Annual report of the Punjab Veterinary College and of the Civil Veterinary Department, Punjab - 1894-1908
Year: 1894
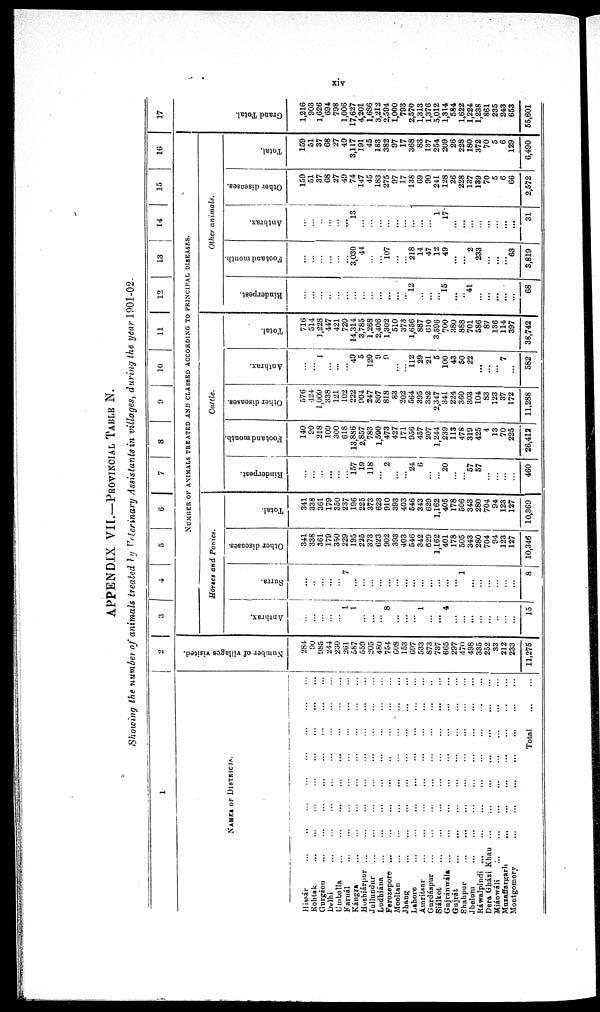
xiv
APPENDIX VII.—PROVINCIAL TABLE N.
Showing the number of animals treated by Veterinary Assistants in villages, during the year 1901-02.
1
NAMES OF DISTRICTS.
Hissár
...
..
... ... ... ... ... ... ...
Rohtak
...
...
...
...
...
...
Gurgáon
...
...
...
...
...
...
...
Delhi
...
...
...
...
...
...
Umballa ... ... ... ... ... ...
Karnál ... ... ... ... ... ... ... ...
Kángra
...
...
...
...
...
...
...
Hoshiárpur ... ... ... ... ... ... ...
Jullundur ... ... ... ... ... ...
Ludhiána ... ... ... ... ... ...
Ferozepore ... ... ... ... ... ...
Mooltan ... ... ... ... ... ... ...
Jhang ... ... ... ... ... ... ...
Lahore ... ... ... ... ... ...
Amritsar ... ... ... ... ... ...
Gurdáspur ... ... ... ... ...
Siálkot
...
...
...
...
...
...
...
Gujránwála ... ... ... ... ... ... ...
Gujrát ... ... ... ... ... ... ...
Shahpur ... ... ... ... ... ... ...
Jhelum ... ... ... ... ... ... ...
Ráwalpindi ... ... ... ... ... ...
Dera Gházi Khau
...
...
...
...
...
...
Miánwáli ... ... ... ... ... ... ... ...
Muzaffargarh ... ... ... ... ... ... ...
Montgomery ... ... ... ... ... ... ... ...
Total ...
2
Number of villages visited.
284
90
985
244
230
261
587
559
205
480
754
608
153
697
533
873
737
665
297
470
498
335
252
33
212
233
11,275
3
4
5
6
7
8
9
10
11
12
13
14
15
16
NUMBER OF ANIMALS TREATED AND CLASSED ACCORDING TO PRINCIPAL DISEASES.
Horses and Ponies.
Anthrax.
...
...
...
...
...
1
1
...
...
...
8
...
...
...
1
...
...
4
...
...
...
...
...
...
...
...
15
Surra.
...
..
...
...
... 7
...
...
...
...
...
...
...
...
...
...
...
...
...
1
...
...
...
...
...
...
8
Other diseases.
341
338
361
179
350
229
195
225
373
623
902
393
403
546
342
629
1,162
401
178
505
343
280
704
94
123
127
10,346
Total.
341
338
361
179
350
237
196
225
373
623
910
393
403
546
343
629
1,162
405
178
506
343
280
704
94
123
127
10,369
Cattle.
Rinderpest.
...
...
...
...
...
157
19
118
2
...
...
24
6
...
20
...
...
57
57
...
...
...
...
460
Footand mouth.
140
90
218
109
300
618
13,886
2,857
783
1,590
473
427
171
956
457
207
1,244
239
113
478
319
425
4
13
70
225
26,412
Other diseases.
576
424
1,009
338
121
102
222
904
247
807
818
83
202
564
395
382
2,347
341
224
360
303
104
83
123
37
172
11,288
Anthrax.
...
...
1
...
...
...
49
5
120
9
0
...
...
112
29
21
5
100
43
50
22
...
...
...
7
...
582
Total.
716
514
1,228
447
421
720
14,314
3,785
1,268
2,406
1,302
510
373
1,656
887
610
3,596
700
380
888
701
586
87
136
114
397
38,742
Other
animals.
Rinderpest.
...
...
...
...
...
...
...
...
...
...
...
... 12
...
...
... 15
...
...
41
...
...
...
...
...
68
Footand mouth.
...
...
...
...
...
3,030
44
...
107
...
...
218
14
47
12
49
...
...
2
233
...
...
63
3,819
Anthrax.
...
...
...
...
...
13
...
...
...
...
...
...
...
...
...
1
17
...
...
...
...
...
...
...
...
31
Other diseases.
159
51
37
68
27
49
74
147
45
183
275
97
17
138
69
90
241
128
26
228
137
139
70
5
6
66
2,572
Total.
159
51
37
68
27
49
3,117
191
45
183
382
97
17
368
83
137
254
209
26
228
180
372
70
5
6
129
6,490
17
Gr and Tot al .
1,216
903
1,626
694
798
1,006
17,627
4,201
1,686
3,212
2,594
1,000
793
2,570
1,313
1,376
5,012
1,314
584
1,622
1,224
1,238
861
235
243
653
55,601